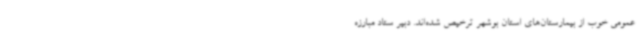
عمومی خوب از بیمارستان‌های استان بوشهر ترخیص شده‌اند. دبیر ستاد مبارزه